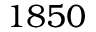
1 8 5 0